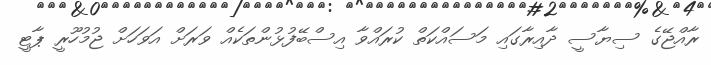
ރާއްޖޭގެ ސިޔާސީ ދާއިރާގައި މަސައްކަތް ކުރައްވާ އިސްބޭފުޅުންތަކެއް ވަރަށް އަވަހަށް ޖުމުހޫރީ ޕާޓީ